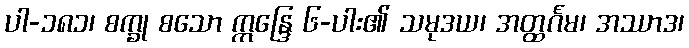
ပါ-၁၈၁၊ စက္ခု စသော ဣန္ဒြေ ၆-ပါး၏ သမုဒယ၊ အတ္ထင်္ဂမ၊ အဿာဒ၊